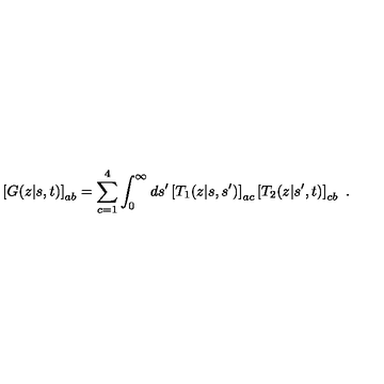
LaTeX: \left[ G ( z | s , t ) \right] _ { a b } = \sum _ { c = 1 } ^ { 4 } \int _ { 0 } ^ { \infty } d s ^ { \prime } \left[ T _ { 1 } ( z | s , s ^ { \prime } ) \right] _ { a c } \left[ T _ { 2 } ( z | s ^ { \prime } , t ) \right] _ { c b } \ .